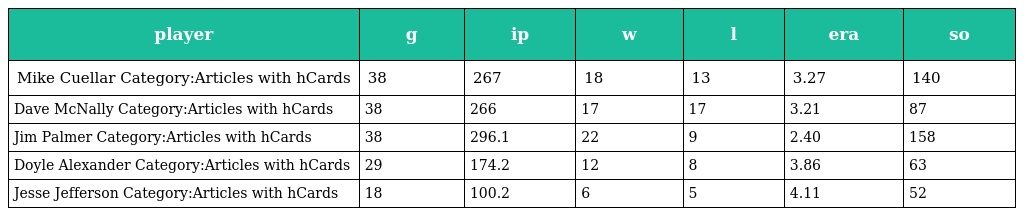
| player | g | ip | w | l | era | so |
 | --- | --- | --- | --- | --- | --- | --- |
 | Mike Cuellar Category:Articles with hCards | 38 | 267 | 18 | 13 | 3.27 | 140 |
 | Dave McNally Category:Articles with hCards | 38 | 266 | 17 | 17 | 3.21 | 87 |
 | Jim Palmer Category:Articles with hCards | 38 | 296.1 | 22 | 9 | 2.40 | 158 |
 | Doyle Alexander Category:Articles with hCards | 29 | 174.2 | 12 | 8 | 3.86 | 63 |
 | Jesse Jefferson Category:Articles with hCards | 18 | 100.2 | 6 | 5 | 4.11 | 52 |